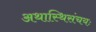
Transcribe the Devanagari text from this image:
अथास्थिसंचयः